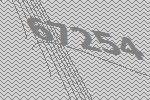
67254